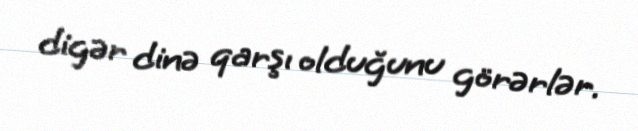
digər dinə qarşı olduğunu görərlər.